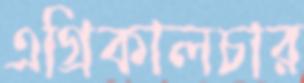
এগ্রিকালচার